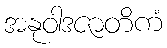
အနုဝါဒဇာတိကံ